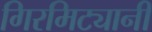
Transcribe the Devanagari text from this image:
गिरमिट्यानी